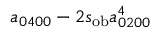
a _ { 0 4 0 0 } - 2 s _ { \mathrm { o b } } a _ { 0 2 0 0 } ^ { 4 }